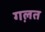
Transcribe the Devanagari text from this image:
गल़त